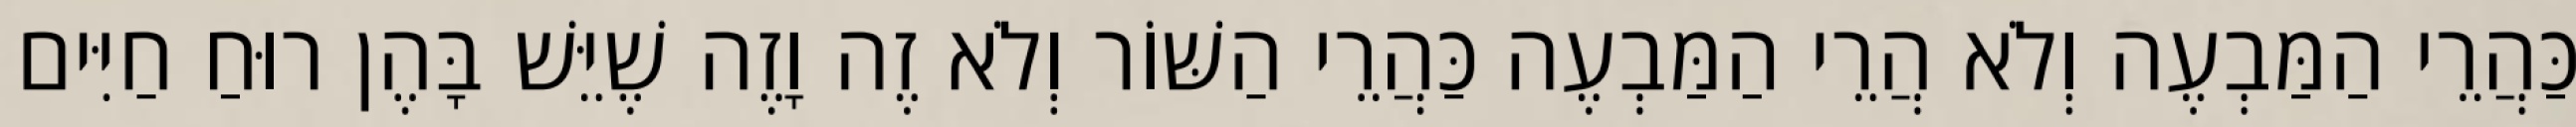
כַּהֲרֵי הַמַּבְעֶה וְלֹא הֲרֵי הַמַּבְעֶה כַּהֲרֵי הַשּׁוֹר וְלֹא זֶה וָזֶה שֶׁיֵּשׁ בָּהֶן רוּחַ חַיִּים